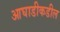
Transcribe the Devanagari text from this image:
आघाडीकडील